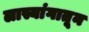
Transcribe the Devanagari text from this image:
लास्यांगातून